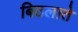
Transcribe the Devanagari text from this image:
बिठलाते